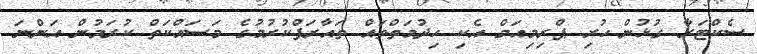
ސެކްޓަރާ ގުޅުން ހުރި ޕްރިމިއަމް އެކި ހިދުމަތްތައް ތައާރަފްކުރުމުގެ މަސައްކަތް ކުރަމުން އަންނަ